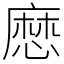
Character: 㦄